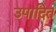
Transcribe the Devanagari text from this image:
उपादित